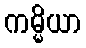
ကမ္မိယာ